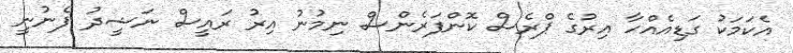
އެކަމަކު ގަޑިއެއްހާ އިރުގެ ޕްރެސް ކޮންފަރެންސް ނިމުނު އިރު ރައީސް ނަޝީދު ފެނުނީ